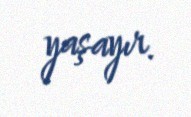
yaşayır.